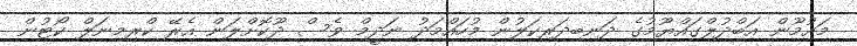
މައުމޫން އަބްދުލްގައްޔޫމުގެ ދަނބިދަރިކަލުން މުހައްމަދު ނަދީމް ވެސް ދޫކޮށްލަން އެރޭ ކްރިމިނަލް ކޯޓުން